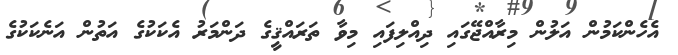
އެހެންކަމުން އަލުން މިރާއްޖޭގައި ދިއްލިފައި މިވާ ތަރައްޤީގެ ދަންމަރު އެކަކުގެ އަތުން އަނެކަކުގެ